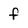
Character: f